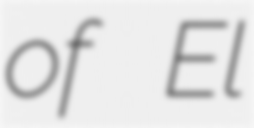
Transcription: of El